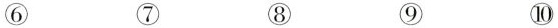
⑥ ⑦ ⑧ ⑨ ⑩